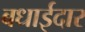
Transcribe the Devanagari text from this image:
बधाईदार